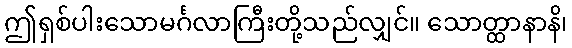
ဤရှစ်ပါးသောမင်္ဂလာကြီးတို့သည်လျှင်။ သောတ္ထာနာနိ၊